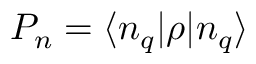
P _ { n } = \langle n _ { q } | \rho | n _ { q } \rangle